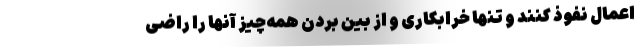
اعمال نفوذ کنند و تنها خرابکاری و از بین بردن همه‌چیز آنها را راضی